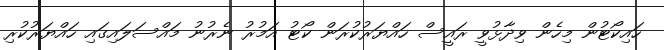
ހައިކޯޓުން މިހެން ވިދާޅުވީ ރައީސް ހައްޔަރުކުރަން ކޯޓު އަމުރު ނެރުނު މައްސަލައިގައި ހައްޔަރުކުރި